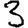
Digit: 3